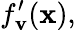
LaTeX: f_{\mathbf{v}}^{\prime}(\mathbf{x}),